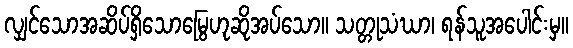
လျှင်သောအဆိပ်ရှိသောမြွေဟုဆိုအပ်သော။ သတ္တုသံဃာ၊ ရန်သူအပေါင်းမှ။